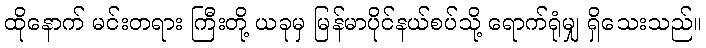
ထိုနောက် မင်းတရား ကြီးတို့ ယခုမှ မြန်မာပိုင်နယ်စပ်သို့ ရောက်ရုံမျှ ရှိသေးသည်။